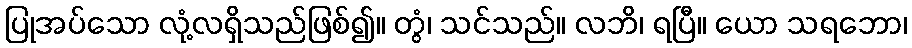
ပြုအပ်သော လုံ့လရှိသည်ဖြစ်၍။ တွံ၊ သင်သည်။ လဘိ၊ ရပြီ။ ယော သရဘော၊